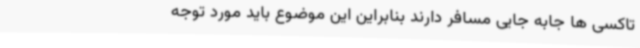
تاکسی ها جابه جایی مسافر دارند بنابراین این موضوع باید مورد توجه